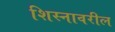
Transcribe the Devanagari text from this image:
शिस्नावरील